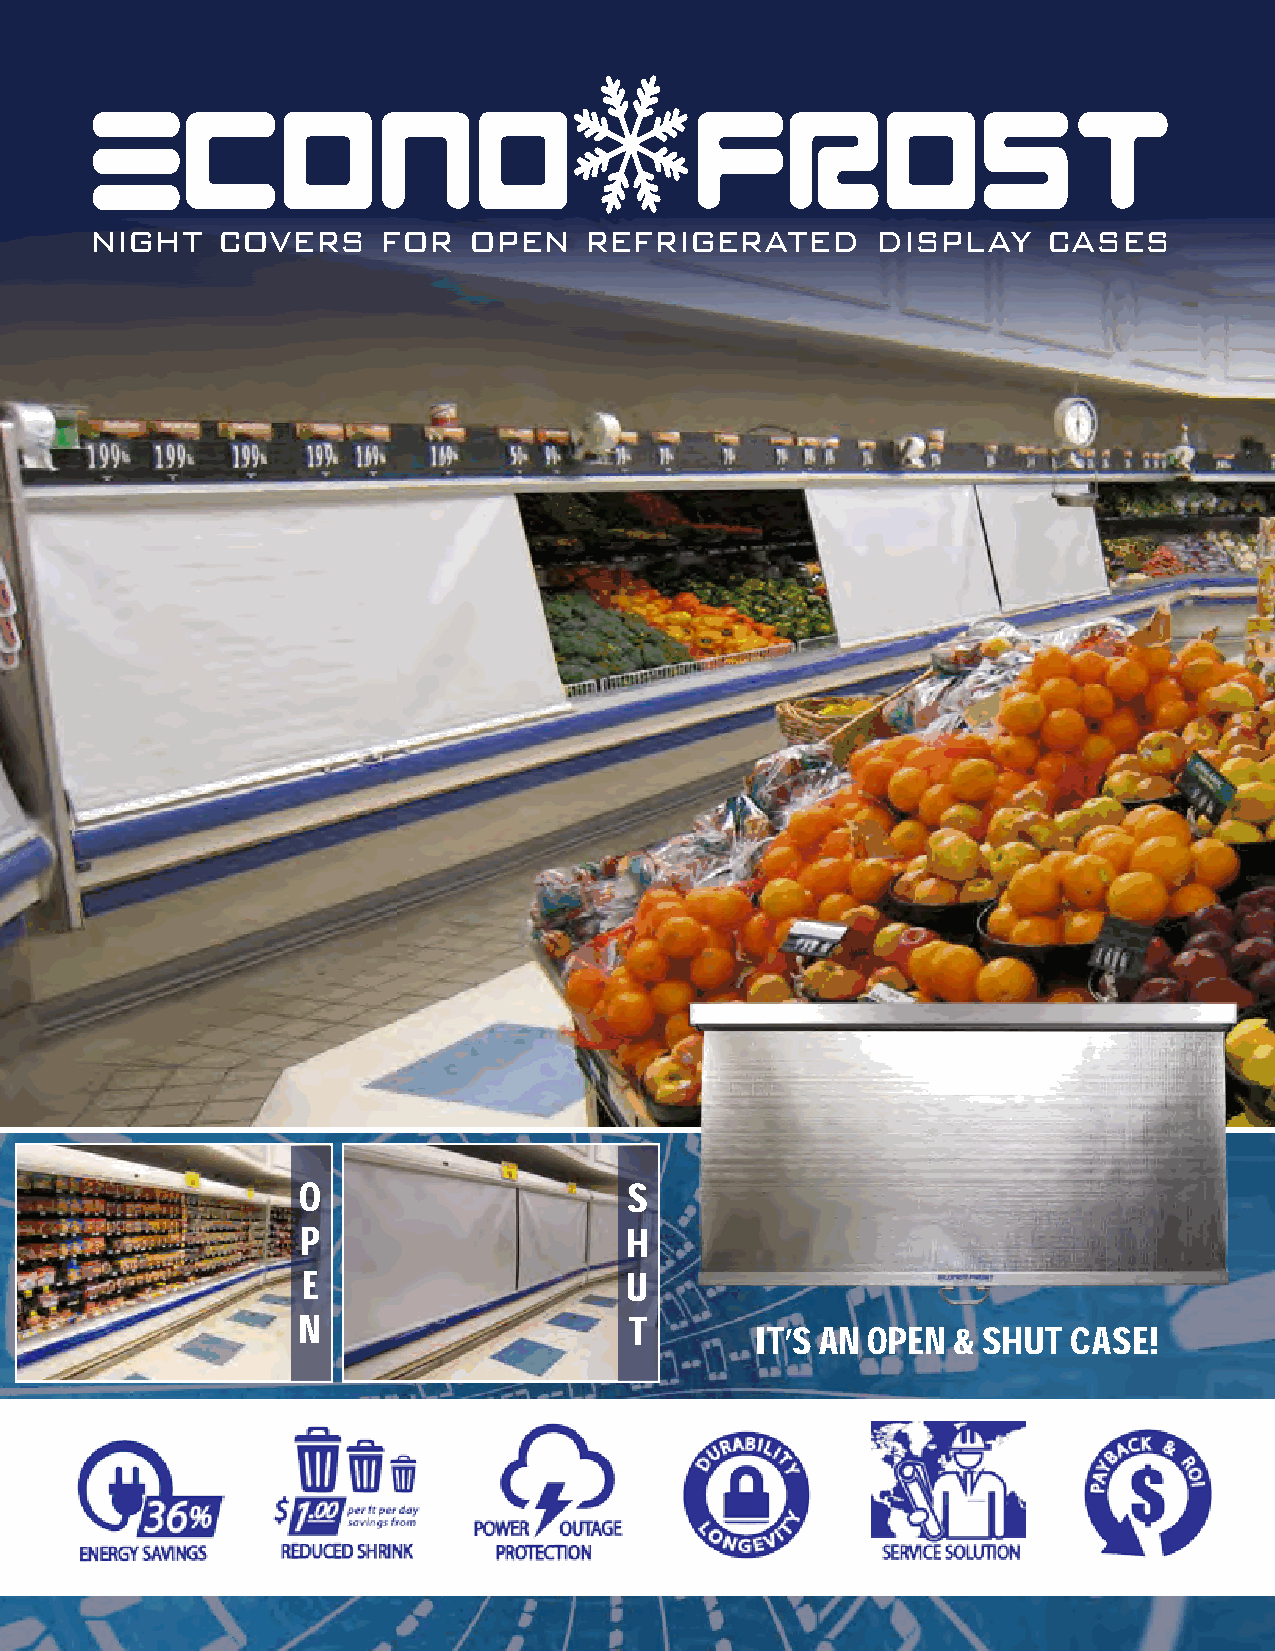
night   covers     for   open    refrigerated       display    cases
 o                     s
 p                    h
 e                    u
 n                     t
 It’s an open & shut  case!